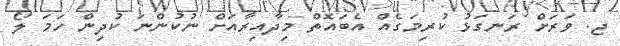
ޖ. ވަރަށް ރަނގަޅު ކުރިމަގެއް އެބައޮތް މިދާއިރާއަށް ނުކުންނަ ކުދިން ހަމަ ލޯ